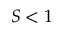
S < 1